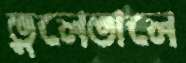
ভুলেভালে